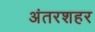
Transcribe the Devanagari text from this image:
अंतरशहर